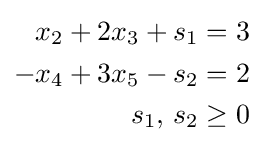
{\begin{aligned}x_{2}+2x_{3}+s_{1}&=3\\-x_{4}+3x_{5}-s_{2}&=2\\s_{1},\,s_{2}&\geq 0\end{aligned}}